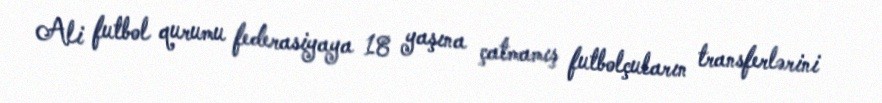
Ali futbol qurumu federasiyaya 18 yaşına çatmamış futbolçuların transferlərini